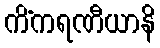
ကိံကရဏီယာနိ